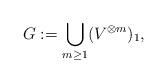
LaTeX: \begin{align*}G:=\bigcup_{m\geq 1}(V^{\otimes m})_1,\end{align*}